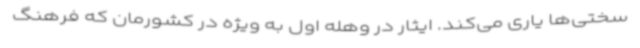
سختی‌ها یاری می‌کند. ایثار در وهله اول به ویژه در کشورمان که فرهنگ